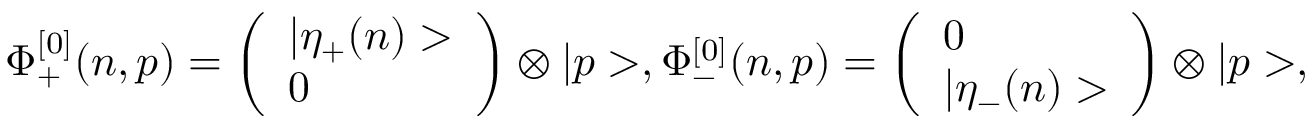
\Phi _ { + } ^ { [ 0 ] } ( n , p ) = \left( \begin{array} { l } { { | \eta _ { + } ( n ) > } } \\ { { 0 } } \end{array} \right) \otimes | p > , \Phi _ { - } ^ { [ 0 ] } ( n , p ) = \left( \begin{array} { l } { { 0 } } \\ { { | \eta _ { - } ( n ) > } } \end{array} \right) \otimes | p > ,